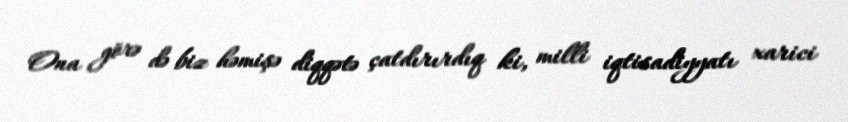
Ona görə də biz həmişə diqqətə çatdırırdıq ki, milli iqtisadiyyatı xarici